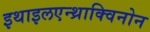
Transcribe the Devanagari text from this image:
इथाइलएन्थ्राक्विनोन